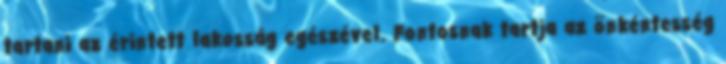
tartani az érintett lakosság egészével. Fontosnak tartja az önkéntesség